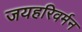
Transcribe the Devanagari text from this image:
जयहरिवर्मन